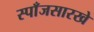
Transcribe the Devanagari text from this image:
स्पाँजसारखे